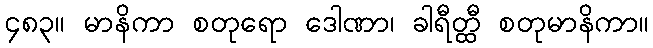
၄၈၃။ မာနိကာ စတုရော ဒေါဏာ၊ ခါရီတ္ထီ စတုမာနိကာ။